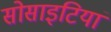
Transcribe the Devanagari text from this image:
सोसाइटियां